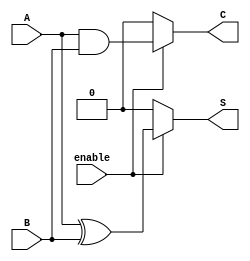
module conditional_half_adder (
    input wire A,           // First single-bit input
    input wire B,           // Second single-bit input
    input wire enable,      // Control signal to enable addition
    output wire S,          // Sum output
    output wire C           // Carry output
);

// Internal signals for sum and carry
wire sum, carry;

// Half-adder logic
assign sum = A ^ B;      // Sum is A XOR B
assign carry = A & B;    // Carry is A AND B

// Conditional output logic based on enable signal
assign S = enable ? sum : 1'b0; // Output sum if enabled, else 0
assign C = enable ? carry : 1'b0; // Output carry if enabled, else 0

endmodule